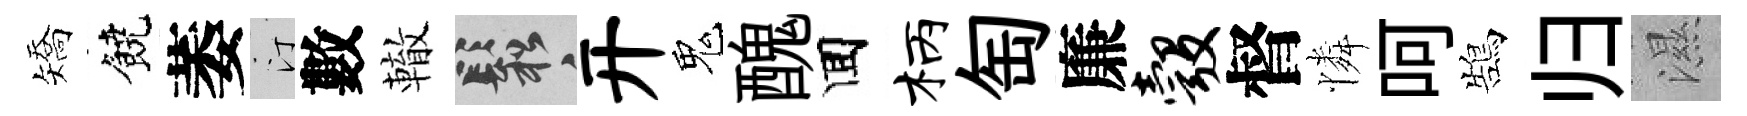
矯饒萎汀數轍鬆开鬼醜囬柄匋廉彀督憐呵鵠归濕